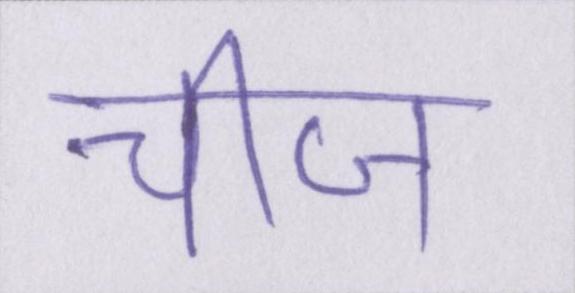
चीज